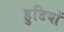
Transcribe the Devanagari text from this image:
हुडियों